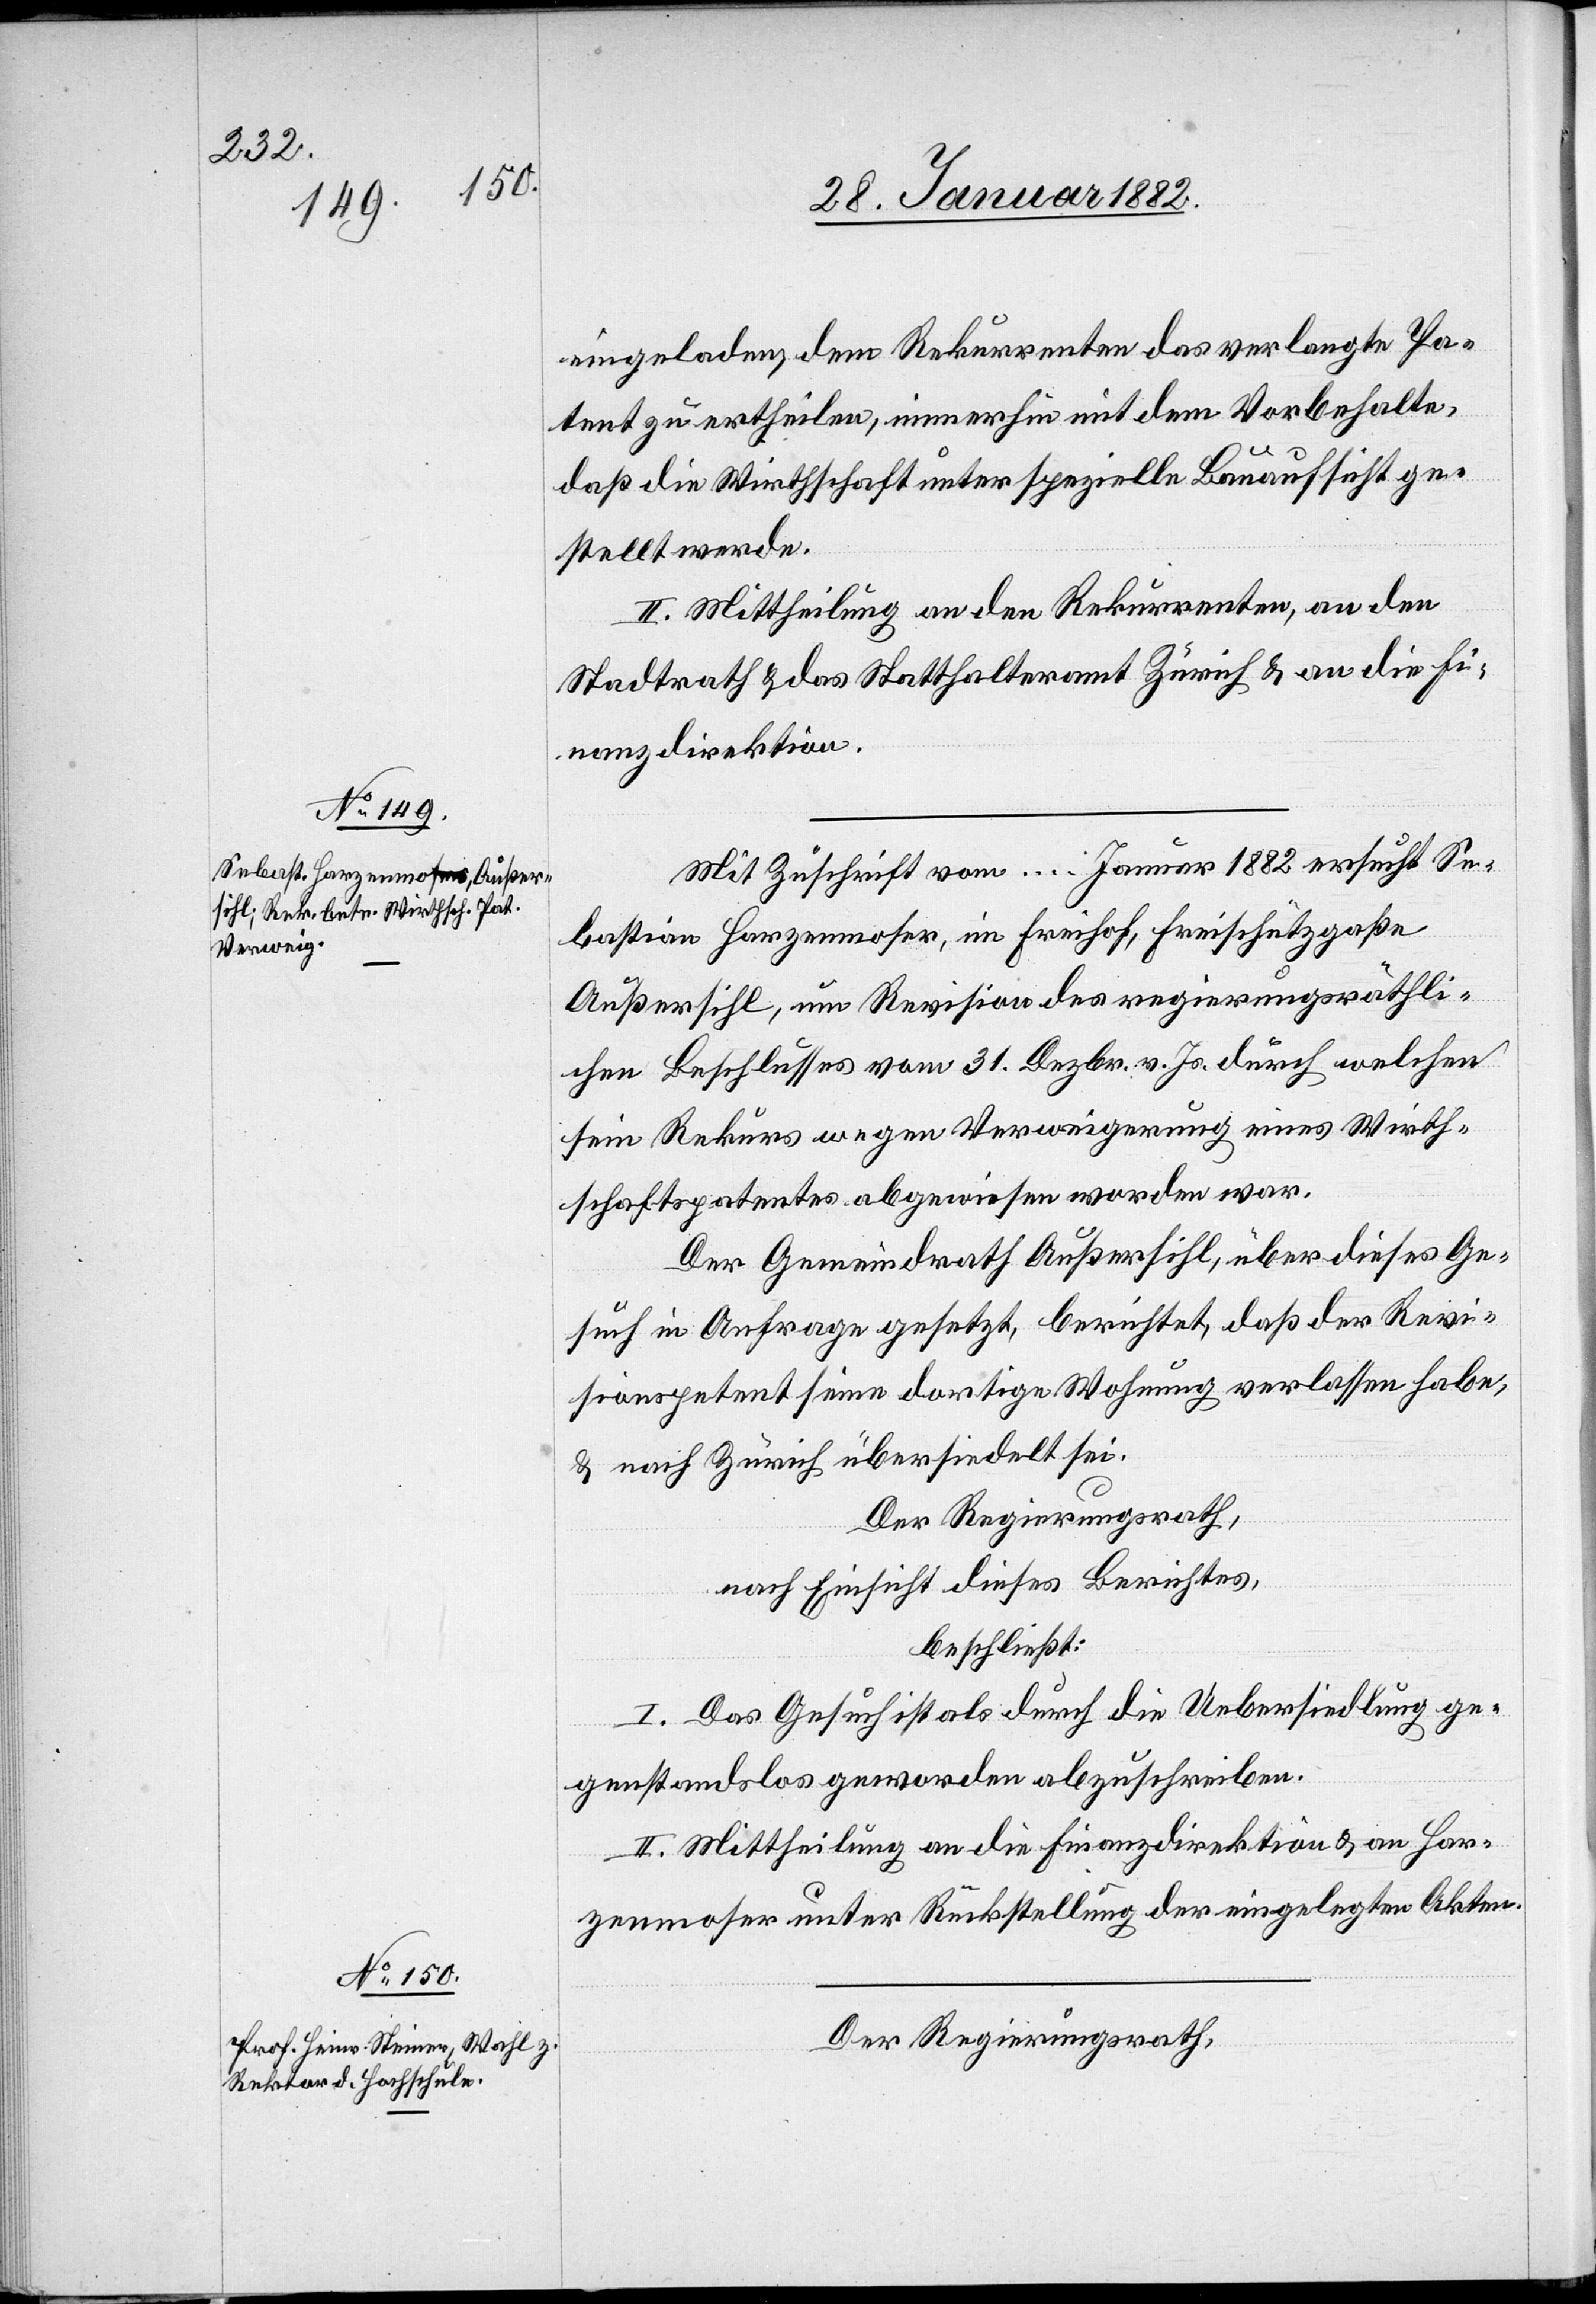
eingeladen, dem Rekurrenten das verlangte Pa¬
tent zu ertheilen, immerhin mit dem Vorbehalte,
daß die Wirthschaft unter spezielle Bauaufsicht ge¬
stellt werde.
II. Mittheilung an den Rekurrenten, an den
Stadtrath & das Statthalteramt Zürich & an die Fi¬
nanzdirektion.
Mit Zuschrift vom … Januar 1882 ersucht Se¬
bastian Harzenmoser, im Freihof, Freischützgaße
Außersihl, um Revision des regierungsräthli¬
chen Beschlusses vom 31. Dezbr. v. Js. durch welchen
sein Rekurs wegen Verweigerung eines Wirth¬
schaftspatentes abgewiesen worden war.
Der Gemeindrath Außersihl über dieses Ge¬
such in Anfrage gesetzt, berichtet, daß der Revi¬
sionspetent seinen dortigen Wohnung verlassen habe,
& nach Zürich übersiedelt sei.
Der Regierungsrath,
nach Einsicht dieses Berichtes
beschließt:
I. Das Gesuch ist als durch die Uebersiedlung ge¬
genstandslos geworden abzuschreiben.
II, Mittheilung an die Finanzdirektion & an Har¬
zenmoser unter Rückstellung der eingelegten Akten.
Der Regierungsrath